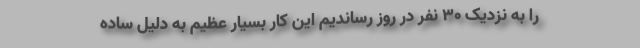
را به نزدیک 30 نفر در روز رساندیم این کار بسیار عظیم به دلیل ساده